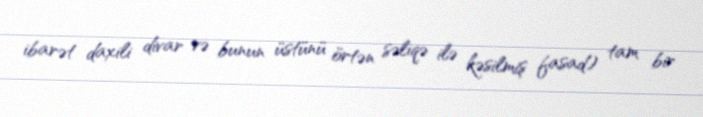
ibarət daxili divar və bunun üstünü örtən səliqə ilə kəsilmiş fasad) tam bir